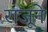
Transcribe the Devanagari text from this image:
राजूने